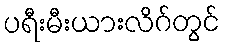
ပရီးမီးယားလိဂ်တွင်